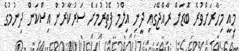
މިއީ މިހާރަށްވުރެ ބޮޑަށް ރާއްޖޭގައި ދީނި އިލްމު ފެތުރުމަށް ސަރުކާރުން އިސްކަން ދިނުމުގެ